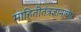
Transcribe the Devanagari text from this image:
माहितीतंत्रज्ञानाच्या